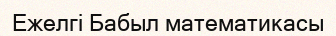
Ежелгі Бабыл математикасы